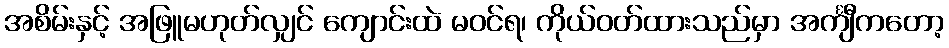
အစိမ်းနှင့် အဖြူမဟုတ်လျှင် ကျောင်းထဲ မဝင်ရ၊ ကိုယ်ဝတ်ထားသည်မှာ အင်္ကျီကတော့